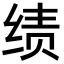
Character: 绩